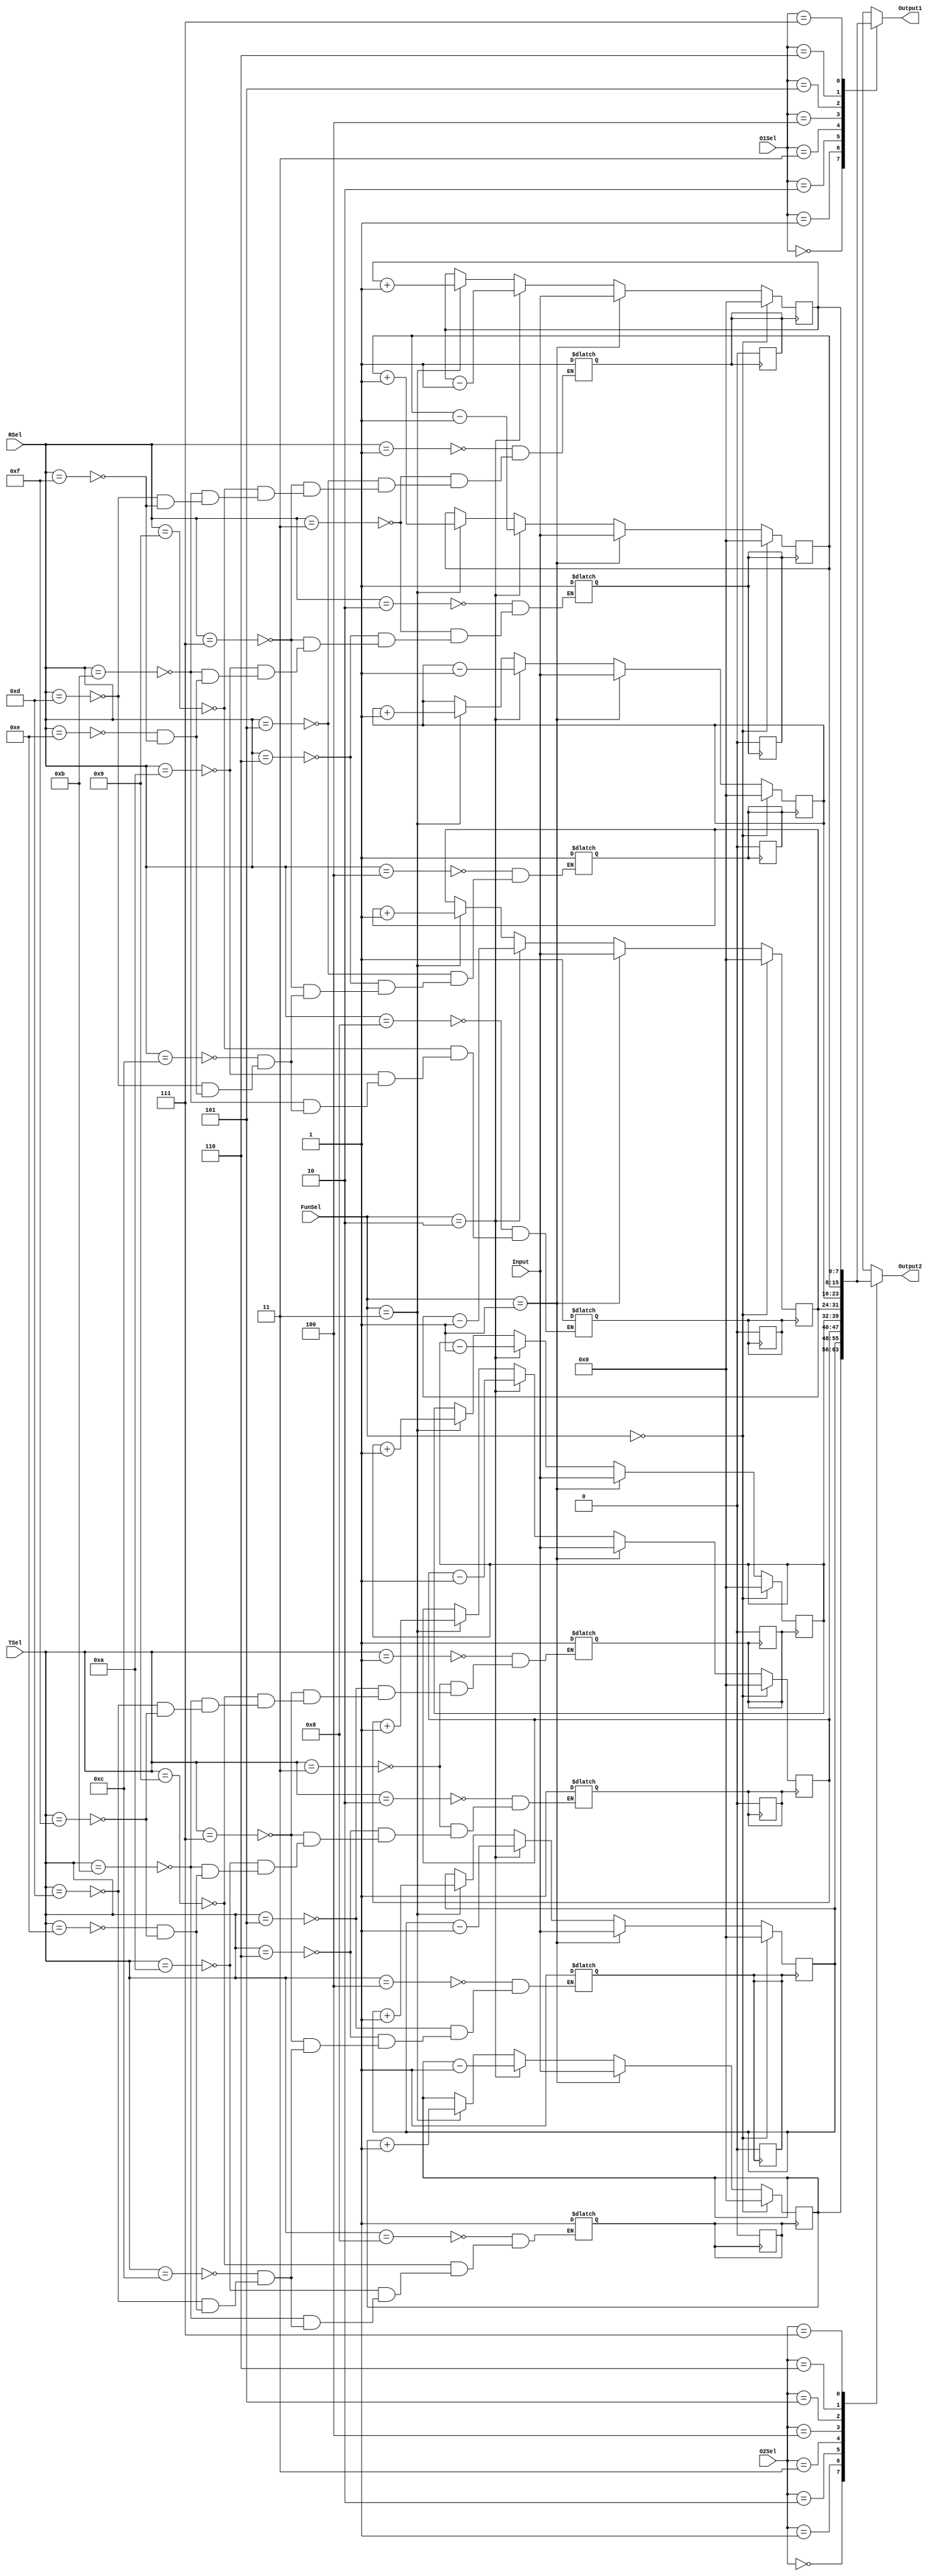
module RF(
    input [7:0] Input, 
    input [2:0] O1Sel,
    input [2:0] O2Sel,
    input [1:0] FunSel,
    input [3:0] RSel,
    input [3:0] TSel,
    output reg [7:0] Output1,
    output reg [7:0] Output2
    );
    reg [7:0] R1, R2, R3, R4;
    reg [7:0] T1, T2, T3, T4;
    reg SET_R1, SET_R2, SET_R3, SET_R4, SET_T1, SET_T2, SET_T3, SET_T4;   
   
    always @(RSel,O1Sel,O2Sel,FunSel) begin
        case (RSel)
            4'b0000: begin 
            end
            4'b0001: begin
            SET_R4 <= 1'b1;
            end
            4'b0010: begin
            SET_R3 <= 1'b1;
            end
            4'b0011: begin
            SET_R3 <= 1'b1;
            SET_R4 <= 1'b1;
            end
            4'b0100: begin
            SET_R2 <= 1'b1;
            end
            4'b0101: begin
            SET_R2 <= 1'b1;
            SET_R4 <= 1'b1;
            end
            4'b0110: begin
            SET_R2 <= 1'b1;
            SET_R3 <= 1'b1;
            end
            4'b0111: begin
            SET_R2 <= 1'b1;
            SET_R3 <= 1'b1;
            SET_R4 <= 1'b1;
            end       
            4'b1000: begin 
            SET_R1 <= 1'b1;
            end
            4'b1001: begin
            SET_R1 <= 1'b1;
            SET_R4 <= 1'b1;
            end
            4'b1010: begin
            SET_R1 <= 1'b1;
            SET_R3 <= 1'b1;
            end
            4'b1011: begin
            SET_R1 <= 1'b1;
            SET_R3 <= 1'b1;
            SET_R4 <= 1'b1;
            end
            4'b1100: begin
            SET_R1 <= 1'b1;
            SET_R2 <= 1'b1;
            end
            4'b1101: begin
            SET_R1 <= 1'b1;
            SET_R2 <= 1'b1;
            SET_R4 <= 1'b1;
            end
            4'b1110: begin
            SET_R1 <= 1'b1;
            SET_R2 <= 1'b1;
            SET_R3 <= 1'b1;
            end
            4'b1111: begin
            SET_R1 <= 1'b1;
            SET_R2 <= 1'b1;
            SET_R3 <= 1'b1;
            SET_R4 <= 1'b1;
            end                                                                                                                                                        
        endcase
    end

      always @(RSel,O1Sel,O2Sel,FunSel) begin
        case (TSel)
            4'b0000: begin 
            end
            4'b0001: begin
            SET_T4 <= 1'b1;
            end
            4'b0010: begin
            SET_T3 <= 1'b1;
            end
            4'b0011: begin
            SET_T3 <= 1'b1;
            SET_T4 <= 1'b1;
            end
            4'b0100: begin
            SET_T2 <= 1'b1;
            end
            4'b0101: begin
            SET_T2 <= 1'b1;
            SET_T4 <= 1'b1;
            end
            4'b0110: begin
            SET_T2 <= 1'b1;
            SET_T3 <= 1'b1;
            end
            4'b0111: begin
            SET_T2 <= 1'b1;
            SET_T3 <= 1'b1;
            SET_T4 <= 1'b1;
            end       
            4'b1000: begin 
            SET_T1 <= 1'b1;
            end
            4'b1001: begin
            SET_T1 <= 1'b1;
            SET_T4 <= 1'b1;
            end
            4'b1010: begin
            SET_T1 <= 1'b1;
            SET_T3 <= 1'b1;
            end
            4'b1011: begin
            SET_T1 <= 1'b1;
            SET_T3 <= 1'b1;
            SET_T4 <= 1'b1;
            end
            4'b1100: begin
            SET_T1 <= 1'b1;
            SET_T2 <= 1'b1;
            end
            4'b1101: begin
            SET_T1 <= 1'b1;
            SET_T2 <= 1'b1;
            SET_T4 <= 1'b1;
            end
            4'b1110: begin
            SET_T1 <= 1'b1;
            SET_T2 <= 1'b1;
            SET_T3 <= 1'b1;
            end
            4'b1111: begin
            SET_T1 <= 1'b1;
            SET_T2 <= 1'b1;
            SET_T3 <= 1'b1;
            SET_T4 <= 1'b1;
            end                                                                                                                                                        
        endcase
    end

    always @(posedge SET_R1) begin
            if (FunSel == 2'b00) begin
                    R1 = 8'd0;
            end
            else if (FunSel == 2'b01) begin
                    R1 = Input;
            end
            else if (FunSel == 2'b10) begin
                    R1 = R1 - 8'd1;
            end     
            else if (FunSel == 2'b11) begin
                    R1 = R1 + 8'd1;
            end  
            SET_R1  <= 1'b0;
    end
    


    always @(posedge SET_R2) begin
            
        if (FunSel == 2'b00) begin
            R2 = 8'd0;
        end
        else if (FunSel == 2'b01) begin
            R2 = Input;
        end
        else if (FunSel == 2'b10) begin
            R2 = R2 - 8'd1;
        end     
        else if (FunSel == 2'b11) begin
            R2 = R2 + 8'd1;
        end  
        SET_R2 <= 1'b0;
    end

    always @(posedge SET_R3) begin
            
        if (FunSel == 2'b00) begin
            R3 = 8'd0;
        end
        else if (FunSel == 2'b01) begin
            R3 = Input;
        end
        else if (FunSel == 2'b10) begin
            R3 = R3 - 8'd1;
        end     
        else if (FunSel == 2'b11) begin
            R3 = R3 + 8'd1;
        end  
        SET_R3 <= 1'b0;
    end

    always @(posedge SET_R4) begin
            
        if (FunSel == 2'b00) begin
            R4 = 8'd0;
        end
        else if (FunSel == 2'b01) begin
            R4 = Input;
        end
        else if (FunSel == 2'b10) begin
            R4 = R4 - 8'd1;
        end     
        else if (FunSel == 2'b11) begin
            R4 = R4 + 8'd1;
        end  
        SET_R4 <= 1'b0;
    end
    always @(negedge SET_R4) begin
        $display("R4 = %h", R4);
    end

    always @(posedge SET_T1) begin
            
        if (FunSel == 2'b00) begin
            T1 = 8'd0;
        end
        else if (FunSel == 2'b01) begin
            T1 = Input;
        end
        else if (FunSel == 2'b10) begin
            T1 = T1 - 8'd1;
        end     
        else if (FunSel == 2'b11) begin
            T1 = T1 + 8'd1;
        end  
        SET_T1 <= 1'b0;
    end

    always @(posedge SET_T2) begin
            
        if (FunSel == 2'b00) begin
            T2 = 8'd0;
        end
        else if (FunSel == 2'b01) begin
            T2 = Input;
        end
        else if (FunSel == 2'b10) begin
            T2 = T2 - 8'd1;
        end     
        else if (FunSel == 2'b11) begin
            T2 = T2 + 8'd1;
        end  
        SET_T2 <= 1'b0;
    end

    always @(posedge SET_T3) begin
            
        if (FunSel == 2'b00) begin
            T3 = 8'd0;
        end
        else if (FunSel == 2'b01) begin
            T3 = Input;
        end
        else if (FunSel == 2'b10) begin
            T3 = T3 - 8'd1;
        end     
        else if (FunSel == 2'b11) begin
            T3 = T3 + 8'd1;
        end  
        SET_T3 <= 1'b0;
    end
        
    always @(posedge SET_T4) begin
        if (FunSel == 2'b00) begin
            T4 = 8'd0;
        end
        else if (FunSel == 2'b01) begin
            T4 = Input;
        end
        else if (FunSel == 2'b10) begin
            T4 = T4 - 8'd1;
        end     
        else if (FunSel == 2'b11) begin
            T4 = T4 + 8'd1;
        end  
        SET_T4 <= 1'b0;
    end

    
    always @ (*) begin
        case (O1Sel)
            3'b000: Output1 = T1;
            3'b001: Output1 = T2;
            3'b010: Output1 = T3;
            3'b011: Output1 = T4;
            3'b100: Output1 = R1;
            3'b101: Output1 = R2;
            3'b110: Output1 = R3;
            3'b111: Output1 = R4;
        endcase
        

        case (O2Sel)
        
            3'b000: Output2 = T1;
            3'b001: Output2 = T2;
            3'b010: Output2 = T3;
            3'b011: Output2 = T4;
            3'b100: Output2 = R1;
            3'b101: Output2 = R2;
            3'b110: Output2 = R3;
            3'b111: Output2 = R4;
        endcase
    end
    always @(R1, R2, R3, R4, O1Sel, O2Sel) begin
          $display("Change in RF: R1 = %h R2 = %h R3 = %h R4 = %h Output1 = %h Output2 = %h", R1, R2, R3, R4, Output1, Output2);
     end
endmodule